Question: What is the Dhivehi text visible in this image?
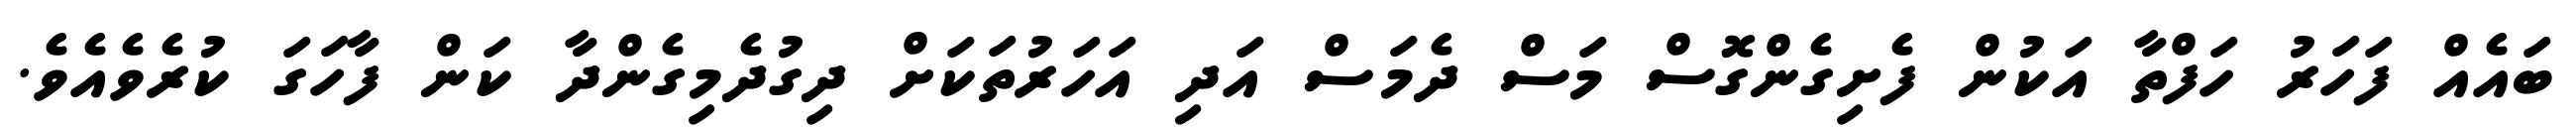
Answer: ބައެއް ފަހަރު ހަފްތާ އަކުން ފެށިގެންގޮސް މަސް ދެމަސް އަދި އަހަރުތަކަށް ދިގުދެމިގެންދާ ކަން ފާހަގަ ކުރެވެއެވެ.